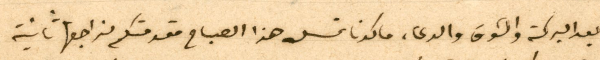
بعد البركة والشوق والدعاء ما كدنا نمسك هذا الصباح مقدمتكم نراجعها ثانية